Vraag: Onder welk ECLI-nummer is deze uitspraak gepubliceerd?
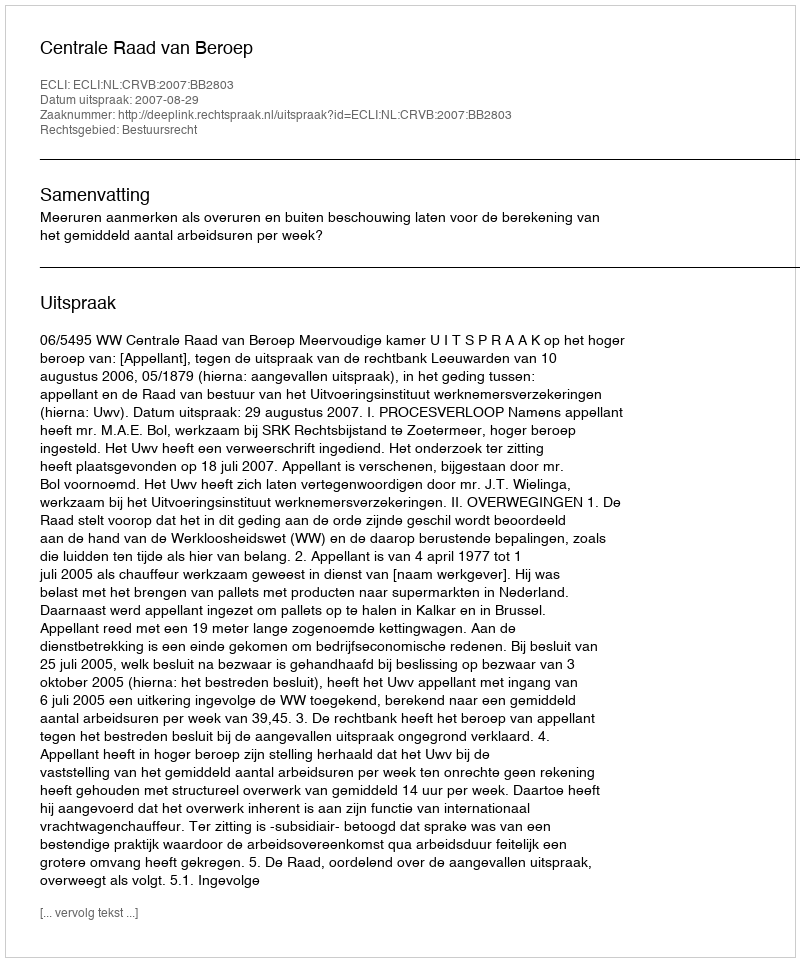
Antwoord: ECLI:NL:CRVB:2007:BB2803